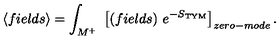
\left< f i e l d s \right> = \int _ { M ^ { + } } \ \left[ ( f i e l d s ) \ e ^ { - S _ { \mathrm { T Y M } } } \right] _ { z e r o - m o d e } .